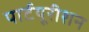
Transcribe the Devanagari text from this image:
पार्टयूरीशन